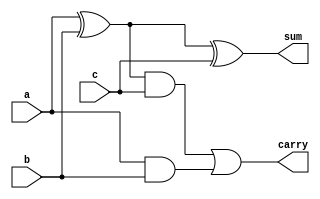
`timescale 1ns / 1ps

module Full_Adder(
    input a,b,c,
    output sum,carry
    );
    
wire t1,t2,t3,t4,t5;


xor g1 (t1,a,b);
xor g3 (sum,t1,c);
and g2 (t2,a,b);
and g4 (t3,t1,c);
or g5 (carry,t3,t2);

endmodule

module tb();

reg a,b,c;
wire sum,carry;

initial begin
a = 0;
b = 0;
c = 0;
end

Full_Adder dut (a,b,c,sum,carry);

always #5 a = ~a;
always #10 b = ~b;
always #20 c = ~c;

initial begin
#200;
$finish;
end

endmodule